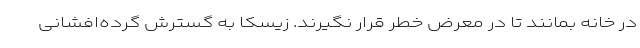
در خانه بمانند تا در معرض خطر قرار نگیرند. زیسکا به گسترش گرده‌افشانی